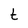
Character: t